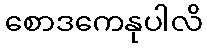
စောဒကေနုပါလိ